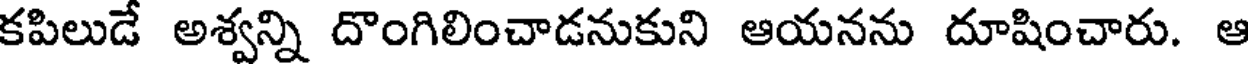
కపిలుడే అశ్వన్ని దొంగిలించాడనుకుని ఆయనను దూషించారు. ఆ